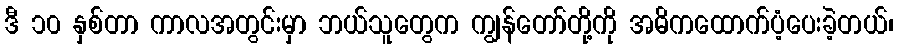
ဒီ ၁၀ နှစ်တာ ကာလအတွင်းမှာ ဘယ်သူတွေက ကျွန်တော်တို့ကို အဓိကထောက်ပံ့ပေးခဲ့တယ်၊